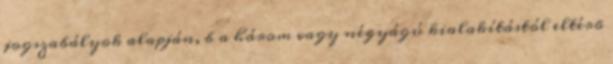
jogszabályok alapján, b a három vagy négyágú kialakítástól eltérõ